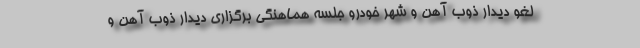
لغو دیدار ذوب آهن و شهر خودرو جلسه هماهنگی برگزاری دیدار ذوب آهن و